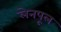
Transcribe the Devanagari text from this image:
लेनपूल